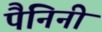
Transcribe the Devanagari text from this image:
पैनिनी